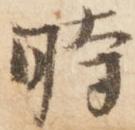
時